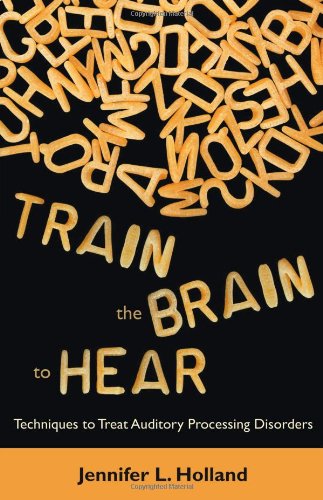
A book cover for Train the Brain to Hear: Brain Training Techniques to Treat Auditory Processing Disorders in Kids with ADD/ADHD, Low Spectrum Autism, and Auditory Processing Disorders; Jennifer L. Holland; Health, Fitness & Dieting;